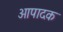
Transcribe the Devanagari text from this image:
आपादक